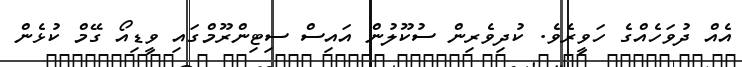
އެއް ދުވަހެއްގެ ހަވީރެވެ. ކުދިވެރިން ސުކޫލުން އައިސް ސިޓިންރޫމްގައި ވީޑިއޯ ގޭމް ކުޅެން